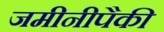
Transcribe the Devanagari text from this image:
जमीनीपैकी